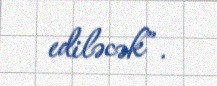
ediləcək”.